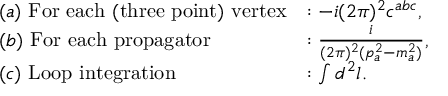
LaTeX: \begin{array} { l l } { { ( a ) ~ \mathrm { F o r ~ e a c h ~ ( t h r e e ~ p o i n t ) ~ v e r t e x } } } & { { : - i ( 2 \pi ) ^ { 2 } c ^ { a b c } , } } \\ { { ( b ) ~ \mathrm { F o r ~ e a c h ~ p r o p a g a t o r } } } & { { : \frac { i } { ( 2 \pi ) ^ { 2 } ( p _ { a } ^ { 2 } - m _ { a } ^ { 2 } ) } , } } \\ { { ( c ) ~ \mathrm { L o o p ~ i n t e g r a t i o n } } } & { { : \int d ^ { 2 } l . } } \end{array}